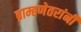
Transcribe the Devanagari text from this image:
ब्राम्हणेतरांनी